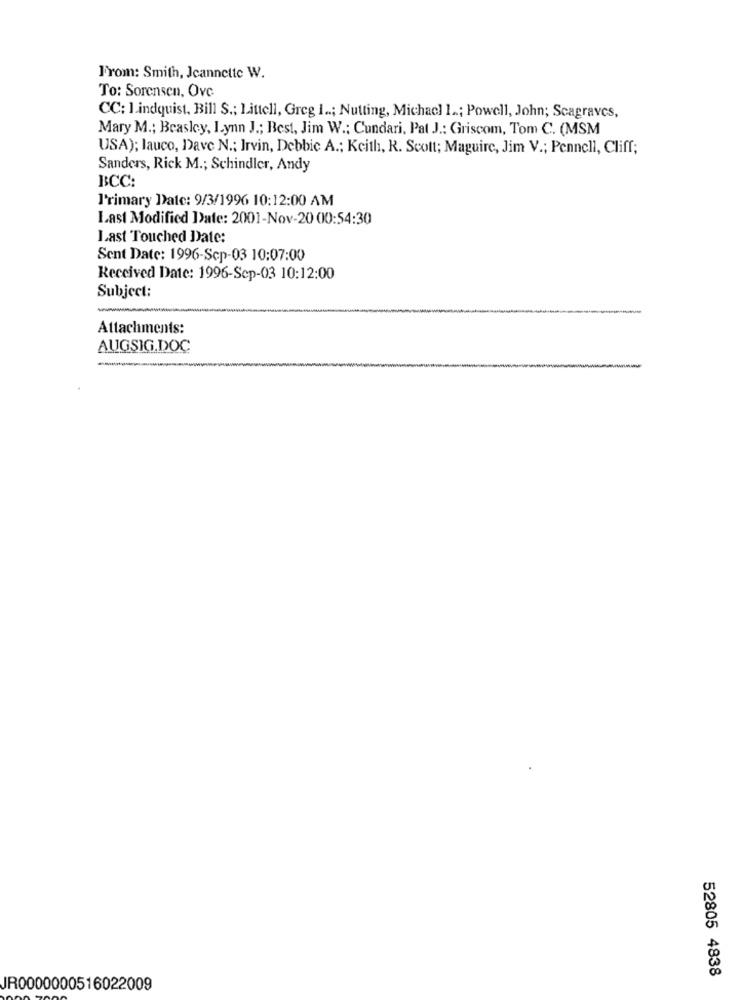
F'rom: Smith, Jeannette W.
To: Sorensen, Ovc.
CC: Lindquist, Bill S .; Littell, Greg I ..; Nutting, Michacl 1 ..; Powell, John; Scagraves,
Mary M .; Beasley, I.ynn J .; Best, Jim W .: Cundari, Pat J .: Griscom, Tom C. (MSM
USA); lauco, Dave N .; Irvin, Debbie A .; Keith, R. Scott; Maguire, Jim V .; Pennell, Cliff;
Sanders, Rick M .; Schindler, Andy
BCC:
l'rimary Date: 9/3/1996 10:12:00 AM
Last Modified Date: 2001-Nov-20 00:54:30
Last Touched Date:
Sent Date: 1996-Sep-03 10:07:00
Received Date: 1996-Sep-03 10:12:00
Subject:
-
Attachments:
AUGSIG.DOC
-
52805 4838
JR0000000516022009